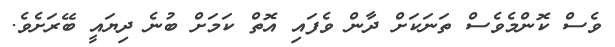
ވެސް ކޮންމެވެސް ތަނަކަށް ދާން ވެފައި އޮތް ކަމަށް ބުނެ ދިޔައީ ބޭރަށެވެ.